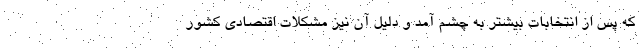
که پس از انتخابات بیشتر به چشم آمد و دلیل آن نیز مشکلات اقتصادی کشور